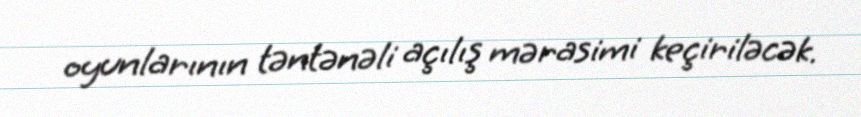
oyunlarının təntənəli açılış mərasimi keçiriləcək.